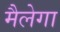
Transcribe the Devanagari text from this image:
मैलेगा